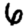
Digit: 6